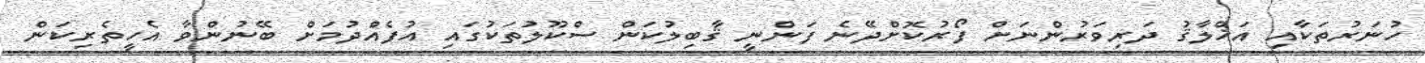
ހުނަރުތަކާއި އަޚްލާޤު ދަރިވަރުންނަށް ފޯރުކޮށްދޭނެ ފަންނީ ޤާބިލުކަން ސްކޫލުތަކުގައި އުފެއްދުމަށް ބޭނުންވާ އެހީތެރިކަން